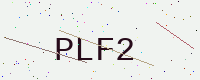
Text: PLF2